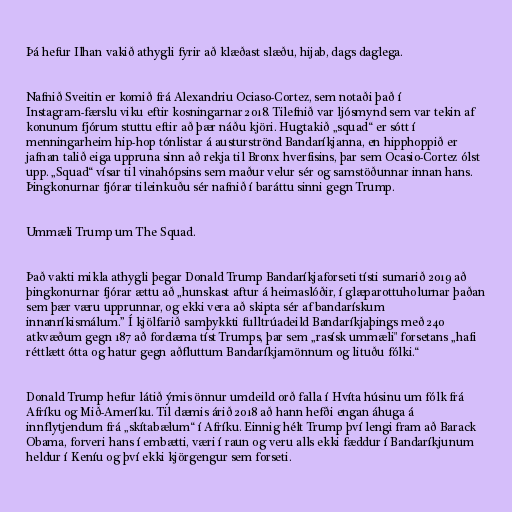
Þá hefur Ilhan vakið athygli fyrir að klæðast slæðu, hijab, dags daglega.

Nafnið Sveitin er komið frá Alexandriu Ociaso-Cortez, sem notaði það í
Instagram-færslu viku eftir kosningarnar 2018. Tilefnið var ljósmynd sem var tekin af
konunum fjórum stuttu eftir að þær náðu kjöri. Hugtakið „squad“ er sótt í
menningarheim hip-hop tónlistar á austurströnd Bandaríkjanna, en hipphoppið er
jafnan talið eiga uppruna sinn að rekja til Bronx hverfisins, þar sem Ocasio-Cortez ólst
upp. „Squad“ vísar til vinahópsins sem maður velur sér og samstöðunnar innan hans.
Þingkonurnar fjórar tileinkuðu sér nafnið í baráttu sinni gegn Trump.

Ummæli Trump um The Squad.

Það vakti mikla athygli þegar Donald Trump Bandaríkjaforseti tísti sumarið 2019 að
þingkonurnar fjórar ættu að „hunskast aftur á heimaslóðir, í glæparottuholurnar þaðan
sem þær væru upprunnar, og ekki vera að skipta sér af bandarískum
innanríkismálum.” Í kjölfarið samþykkti fulltrúadeild Bandaríkjaþings með 240
atkvæðum gegn 187 að fordæma tíst Trumps, þar sem „rasísk ummæli" forsetans „hafi
réttlætt ótta og hatur gegn aðfluttum Bandaríkjamönnum og lituðu fólki.“

Donald Trump hefur látið ýmis önnur umdeild orð falla í Hvíta húsinu um fólk frá
Afríku og Mið-Ameríku. Til dæmis árið 2018 að hann hefði engan áhuga á
innflytjendum frá „skítabælum“ í Afríku. Einnig hélt Trump því lengi fram að Barack
Obama, forveri hans í embætti, væri í raun og veru alls ekki fæddur í Bandaríkjunum
heldur í Keníu og því ekki kjörgengur sem forseti.